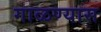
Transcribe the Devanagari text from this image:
गाळण्यास